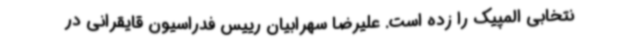
نتخابی المپیک را زده است. علیرضا سهرابیان رییس فدراسیون قایقرانی در